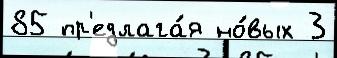
85 пр'едлага́я но́вых 3